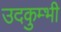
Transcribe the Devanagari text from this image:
उदकुम्भी